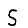
Digit: 5